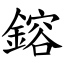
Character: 鎔